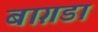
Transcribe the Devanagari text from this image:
बाग़डा